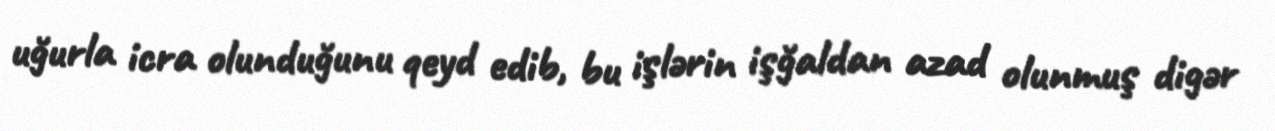
uğurla icra olunduğunu qeyd edib, bu işlərin işğaldan azad olunmuş digər